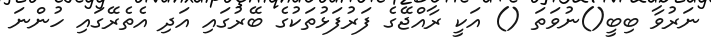
ނަރުވާ ބިބީ()ނުވަތަ () އަކީ ރާއްޖޭގެ ފަރުފަޅުތަކުގެ ބޭރުގައި އަދި އެތެރޭގައި ހުންނަ